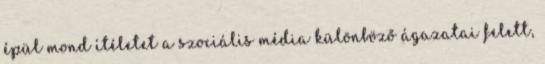
épül mond ítéletet a szociális média különböző ágazatai felett,